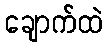
ချောက်ထဲ